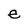
Character: e